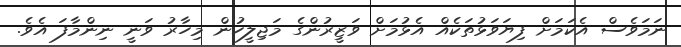
ނަމަވެސް އެކަމަށް ފިޔަވަޅުތަކެއް އެޅުމަށް ވަޒީރުންގެ މަޖިލީހުން މިހާރު ވަނީ ނިންމާފަ އެވެ.